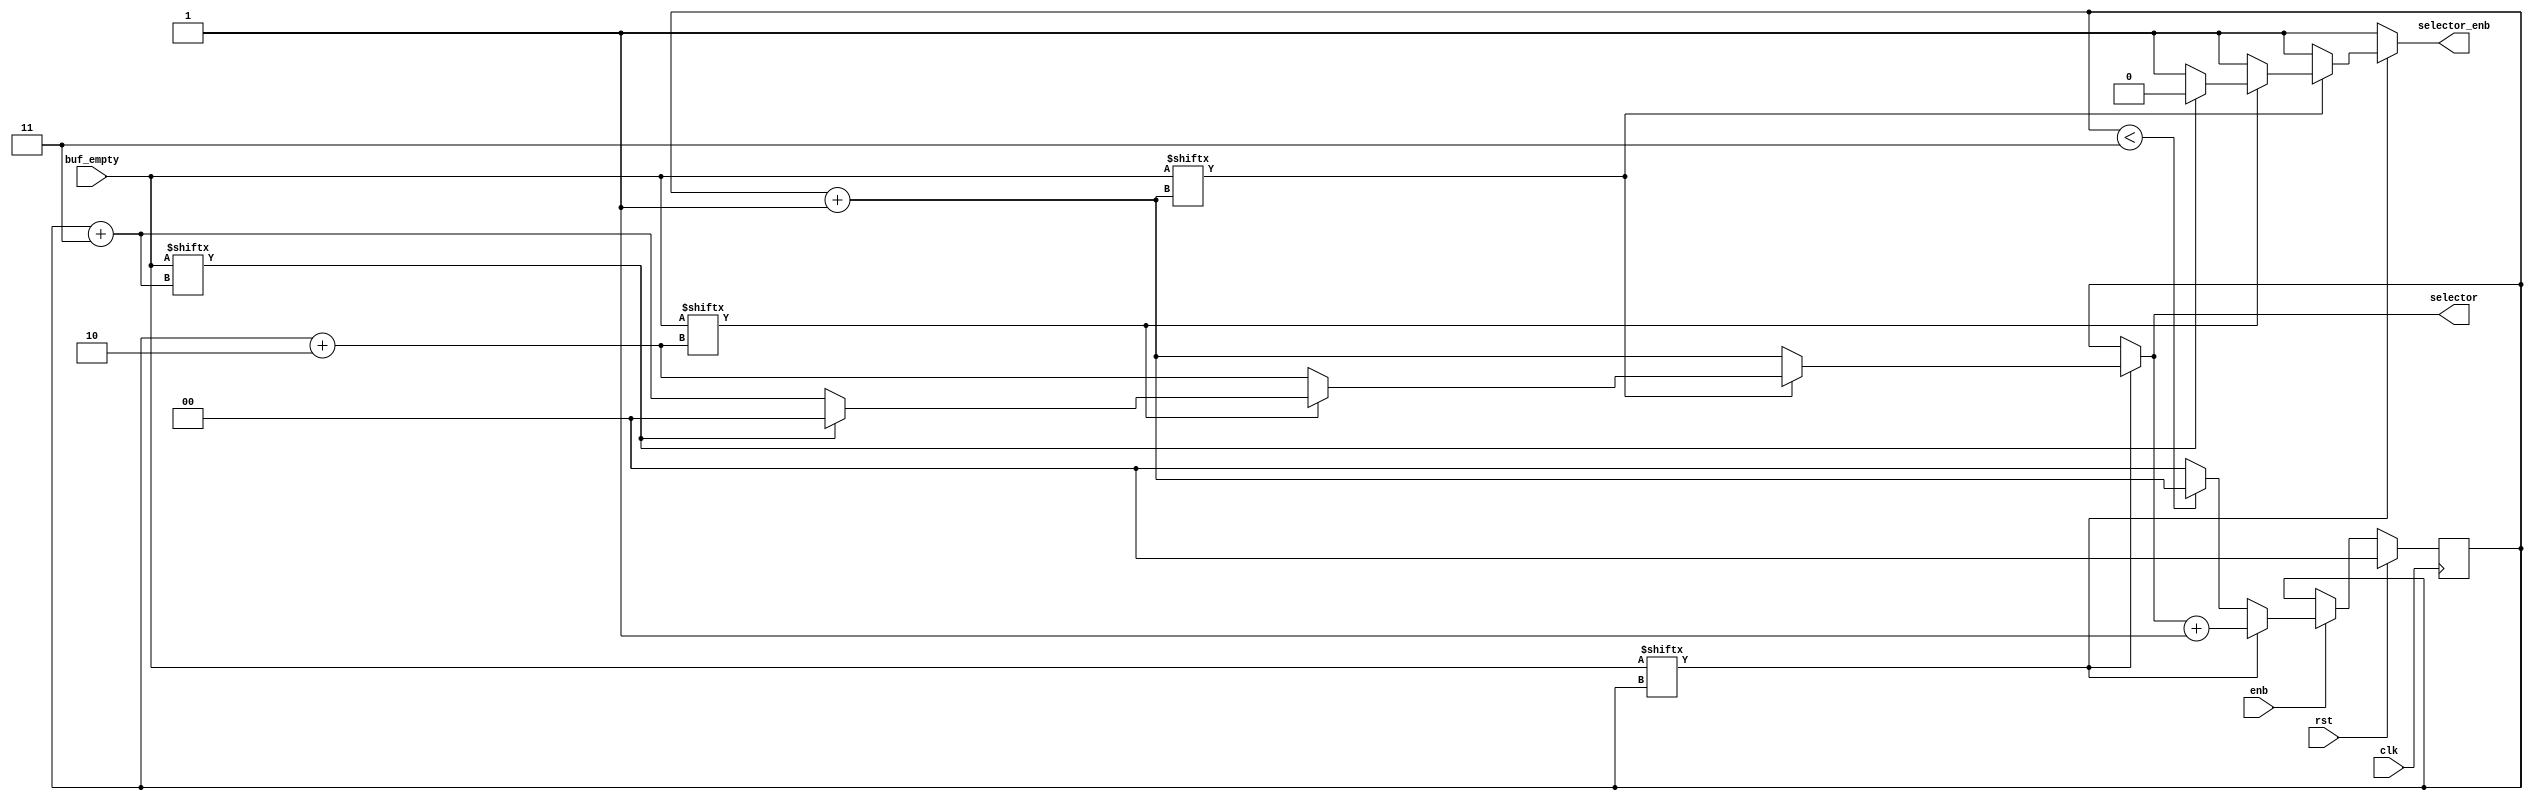
module roundRobin #(parameter QUEUE_QUANTITY = 4, parameter DATA_BITS = 8, parameter MIN_FIFO_COUNTER = 3
) (
  input clk,
  input rst,
  input enb,
  input [QUEUE_QUANTITY-1:0] buf_empty, // indicadores de buf empty en el fifo, uno por cada QUEUE que exista.
  output [$clog2(QUEUE_QUANTITY)-1:0] selector, // Selector de fifo del roundRobin.
  output selector_enb // Indica si existe un valor de salida.
);

  // Entradas
  wire clk, rst, enb;
  wire [QUEUE_QUANTITY-1:0] buf_empty;

  // Estados
  reg [$clog2(QUEUE_QUANTITY)-1:0] contador;
  reg enable_toggle;
  reg selector_enb;

  // Salidas
  reg [$clog2(QUEUE_QUANTITY)-1:0] selector;
  reg out_enb;

  always @ ( * ) begin
    out_enb = !buf_empty[contador];
    {selector_enb, selector} = {1'b0, 2'b0};
    if (!buf_empty[contador]) {selector_enb, selector} = {1'b1, contador};
    else if (!buf_empty[contador+2'd1]) {selector_enb, selector} = {1'b1, contador+2'd1};
    else if (!buf_empty[contador+2'd2]) {selector_enb, selector} = {1'b1, contador+2'd2};
    else if (!buf_empty[contador+2'd3]) {selector_enb, selector} = {1'b1, contador+2'd3};
  end

  always @ (posedge clk) begin
    // En modo reset
    if (rst) begin
      contador <= 0 ;
    // Contando
    end else if (enb) begin
      contador <= !out_enb? selector + 1: contador < QUEUE_QUANTITY-1? contador + 1: 0;
    end
  end

endmodule